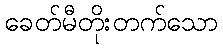
ခေတ်မီတိုးတက်သော